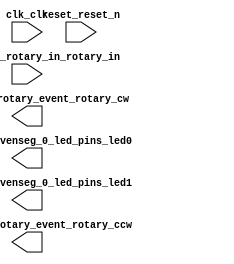

module ecad2 (
	clk_clk,
	eightbitstosevenseg_0_led_pins_led0,
	eightbitstosevenseg_0_led_pins_led1,
	reset_reset_n,
	rotaryctl_0_rotary_event_rotary_cw,
	rotaryctl_0_rotary_event_rotary_ccw,
	rotaryctl_0_rotary_in_rotary_in);	

	input		clk_clk;
	output	[6:0]	eightbitstosevenseg_0_led_pins_led0;
	output	[6:0]	eightbitstosevenseg_0_led_pins_led1;
	input		reset_reset_n;
	output		rotaryctl_0_rotary_event_rotary_cw;
	output		rotaryctl_0_rotary_event_rotary_ccw;
	input	[1:0]	rotaryctl_0_rotary_in_rotary_in;
endmodule